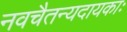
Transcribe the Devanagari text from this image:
नवचैतन्यदायकाः